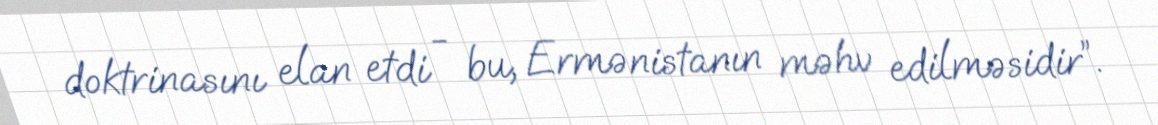
doktrinasını elan etdi - bu, Ermənistanın məhv edilməsidir”.